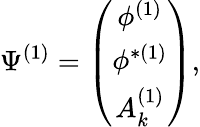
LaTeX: \Psi^{(1)}=\left(\begin{array}{c}{{\phi^{(1)}}}\\ {{\phi^{\ast(1)}}}\\ {{A_{k}^{(1)}}}\end{array}\right),